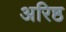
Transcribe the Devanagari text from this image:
अरिष्ठ